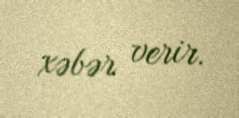
xəbər verir.